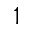
1